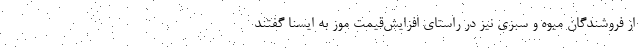
از فروشندگان میوه و سبزی نیز در راستای افزایش‌قیمت موز به ایسنا گفتند